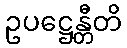
ဥပဋ္ဌေန္တီတိ